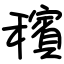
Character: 穦